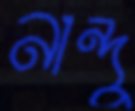
নান্দু